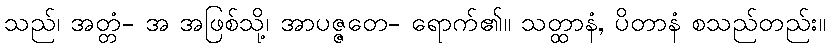
သည်၊ အတ္တံ- အ အဖြစ်သို့၊ အာပဇ္ဇတေ- ရောက်၏။ သတ္ထာနံ, ပိတာနံ စသည်တည်း။